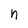
Character: n